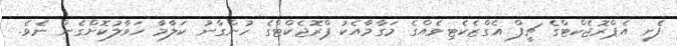
ފެށީ އެޕްރޮޖެކްޓްގެ ޗީފް އެގްޒެކެޓިވެއްގެ މަގާމާއެކު ޕްރޮޖެކްޓްގެ ހުންގާނު ކަލާމާ ހަވާލުކޮށްގެން ނެވެ.